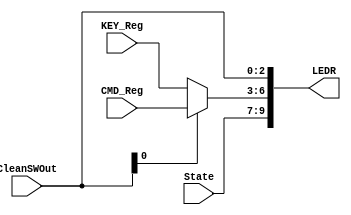
/*
 *		Module		:	LED Controller Block
 * 	Description	: 	It Displays mportant inputs and states
 *		Inputs		: 	*
 *						: 	*
 *						:	*
 *						:	*
 *						:	*
 *
 *		Outputs		: 	*
 *		Owner			: 	Ataberk KL
 */

module LED_Controller(
	input  wire [2:0] State,
	input  wire [2:0] CleanSWOut,
	input  wire [3:0] KEY_Reg,
	input  wire [3:0] CMD_Reg,

	output wire [9:0] LEDR
);

assign LEDR[9:7] = State;
assign LEDR[2:0] = CleanSWOut;

assign LEDR[6:3] = (CleanSWOut[0]) ? CMD_Reg : KEY_Reg;

endmodule